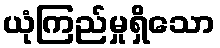
ယုံကြည်မှုရှိသော